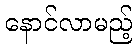
နောင်လာမည့်